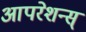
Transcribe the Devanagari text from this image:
आपरेशन्स्